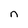
Character: n